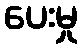
ပေးမှု